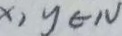
x _ { 1 } y \in N